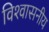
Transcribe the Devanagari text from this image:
विश्‍वासनीय